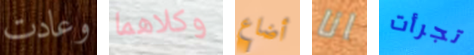
وعادت وكلاهما أضاع انا تجرأت